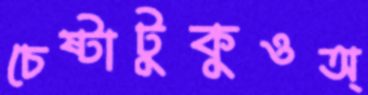
চেষ্টাটুকুওঅ্